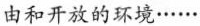
由和开放的环境······